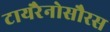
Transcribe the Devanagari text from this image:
टायरैनोसौरस